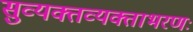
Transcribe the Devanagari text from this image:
सुव्यक्तव्यक्ताभरणः